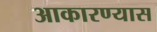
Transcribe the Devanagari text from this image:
आकारण्यास